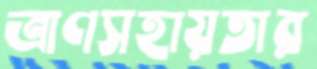
ত্রাণসহায়তার